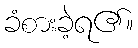
ခံစားခဲ့ရ၏။